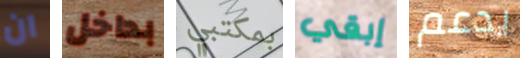
ان بداخل بمكتبي إبقي يدعم